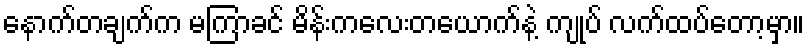
နောက်တချက်က မကြာခင် မိန်းကလေးတယောက်နဲ့ ကျုပ် လက်ထပ်တော့မှာ။